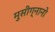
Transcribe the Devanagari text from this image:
मुसीग्नानो